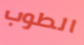
الطوب